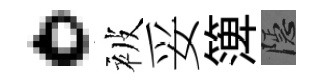
。被妥𥱼隱